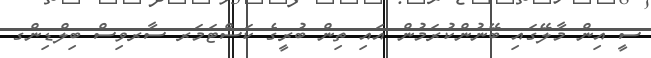
ސީ އިން މާލޭގައި ބޭނުންކުރަމުން އައި ތިން ބުރީގެ ކަސްޓަމަރ ސާރވިސް ބިލްޑިންގ